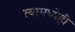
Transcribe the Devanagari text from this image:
त्यामध्येही